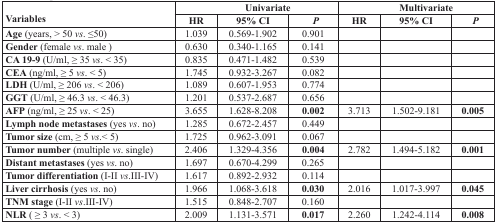
| <ROWSPAN=2> Variables | <COLSPAN=3> Univariate | <COLSPAN=3> Multivariate |
 | HR | 95% CI | P | HR | 95% CI | P |
 | --- | --- | --- | --- | --- | --- | --- |
 | Age (years, > 50 vs. ≤50) | 1.039 | 0.569-1.902 | 0.901 |  |  |  |
 | Gender (female vs. male) | 0.630 | 0.340-1.165 | 0.141 |  |  |  |
 | CA 19-9 (U/ml, ≥ 35 vs. < 35) | 0.835 | 0.471-1.482 | 0.539 |  |  |  |
 | CEA (ng/ml, ≥ 5 vs. < 5) | 1.745 | 0.932-3.267 | 0.082 |  |  |  |
 | LDH (U/ml, ≥ 206 vs. < 206) | 1.089 | 0.607-1.953 | 0.774 |  |  |  |
 | GGT (U/ml, ≥ 46.3 vs. < 46.3) | 1.201 | 0.537-2.687 | 0.656 |  |  |  |
 | AFP (ng/ml, ≥ 25 vs. < 25) | 3.655 | 1.628-8.208 | 0.002 | 3.713 | 1.502-9.181 | 0.005 |
 | Lymph node metastases (yes vs. no) | 1.285 | 0.672-2.457 | 0.449 |  |  |  |
 | Tumor size (cm, ≥ 5 vs.< 5) | 1.725 | 0.962-3.091 | 0.067 |  |  |  |
 | Tumor number (multiple vs. single) | 2.406 | 1.329-4.356 | 0.004 | 2.782 | 1.494-5.182 | 0.001 |
 | Distant metastases (yes vs. no) | 1.697 | 0.670-4.299 | 0.265 |  |  |  |
 | Tumor differentiation (I-II vs.III-IV) | 1.617 | 0.892-2.932 | 0.114 |  |  |  |
 | Liver cirrhosis(yes vs. no) | 1.966 | 1.068-3.618 | 0.030 | 2.016 | 1.017-3.997 | 0.045 |
 | TNM stage (I-II vs.III-IV) | 1.515 | 0.848-2.707 | 0.160 |  |  |  |
 | NLR (≥ 3 vs. < 3) | 2.009 | 1.131-3.571 | 0.017 | 2.260 | 1.242-4.114 | 0.008 |